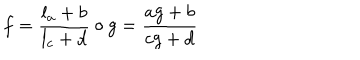
LaTeX: f = \frac { l _ { a } + b } { l _ { c } + d } \circ g = \frac { a g + b } { c g + d }